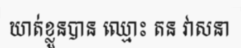
ឃាត់ខ្លួនបាន ឈ្មោះ តន វាសនា